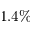
1 . 4 \%